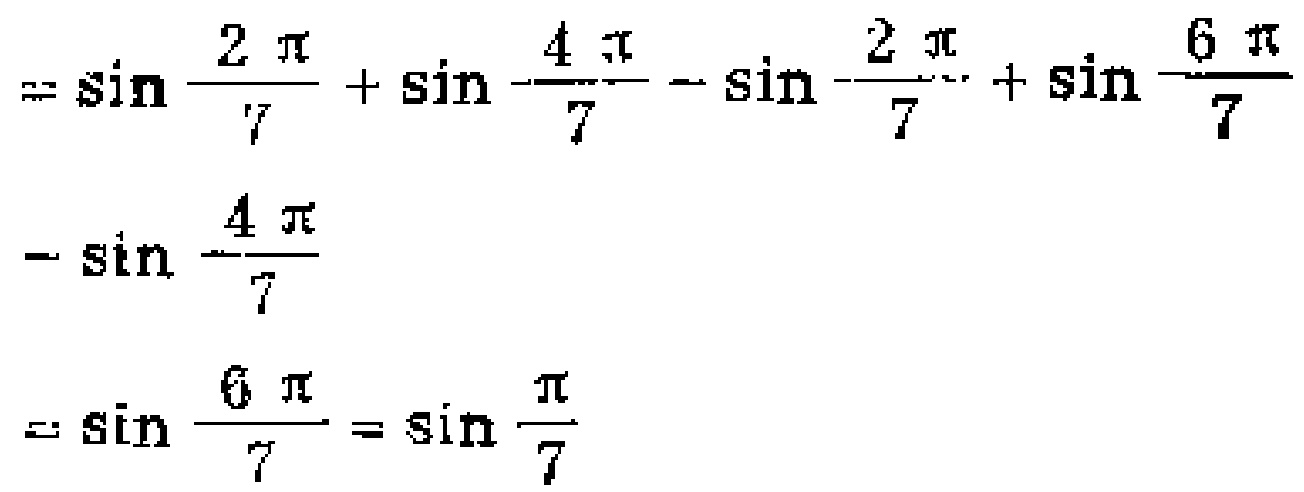
\[
\begin{align*}
&=\sin\frac{2\pi}{7}+\sin\frac{4\pi}{7}-\sin\frac{2\pi}{7}+\sin\frac{6\pi}{7}\\
&-\sin\frac{4\pi}{7}\\
&=\sin\frac{6\pi}{7}=\sin\frac{\pi}{7}
\end{align*}
\]